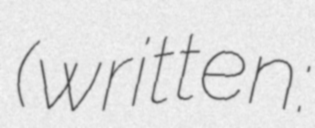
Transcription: (written: